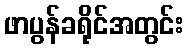
ဖာပွန်ခရိုင်အတွင်း